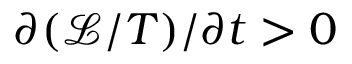
\partial ( \mathcal { L } / T ) / \partial t > 0